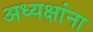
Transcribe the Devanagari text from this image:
अध्यक्षांना